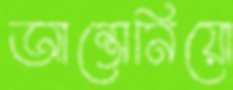
আন্তোনিয়ো